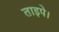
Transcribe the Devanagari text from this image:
ताइपे।